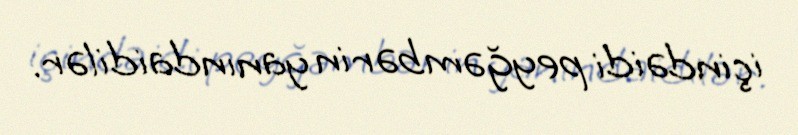
içindəidi peyğəmbərin yanındaidilər.